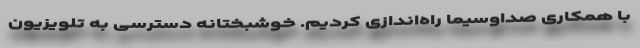
با همکاری صداوسیما راه‌اندازی کردیم. خوشبختانه دسترسی به تلویزیون